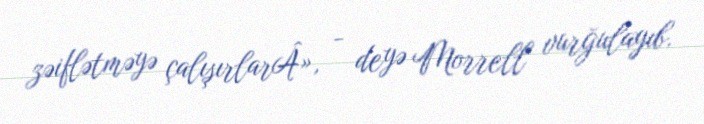
zəiflətməyə çalışırlarÂ», - deyə Morrell vurğulayıb.